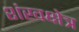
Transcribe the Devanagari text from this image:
शंखक्षेत्र